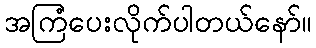
အကြံပေးလိုက်ပါတယ်နော်။